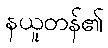
နယူတန်၏